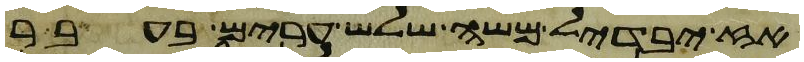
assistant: אז יבדיל משה שלש ערים בעבר